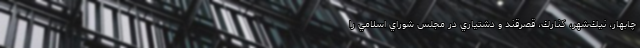
چابهار، نيك‌شهر، كنارك، قصرقند و دشتياري در مجلس شوراي اسلامي را